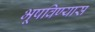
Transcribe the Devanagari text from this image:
भूषविण्यास